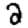
Digit: 2